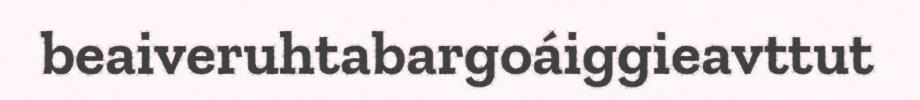
beaiveruhtabargoáiggieavttut